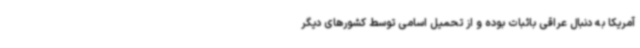
آمریکا به دنبال عراقی باثبات بوده و از تحمیل اسامی توسط کشورهای دیگر